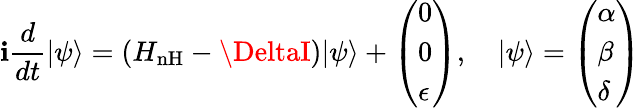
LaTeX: \mathbf{i}\frac{{d}}{{dt}}|\psi\rangle=\left(H_{\mathrm{{{nH}}}}-\DeltaI\right)|\psi\rangle+\left(\begin{array}{l}{0}\\ {0}\\ {\epsilon}\end{array}\right),\quad|\psi\rangle=\left(\begin{array}{l}{\alpha}\\ {\beta}\\ {\delta}\end{array}\right)